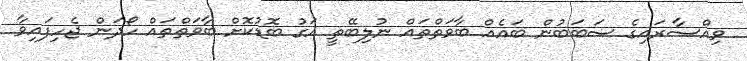
ވިއްސާރައިގެ ސަބަބުން ބައެއް ބާވަތްތައް ނުލިބޭތީ އަގު ބޮޑުކޮށް ބާވަތްތައް ހޯދަން ޖެހިފައިވާ